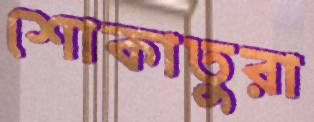
শোকাতুরা